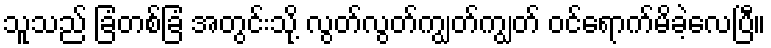
သူသည် ခြံတစ်ခြံ အတွင်းသို့ လွတ်လွတ်ကျွတ်ကျွတ် ဝင်ရောက်မိခဲ့လေပြီ။